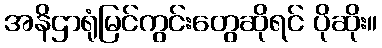
အနိဌာရုံမြင်ကွင်းတွေဆိုရင် ပိုဆိုး။